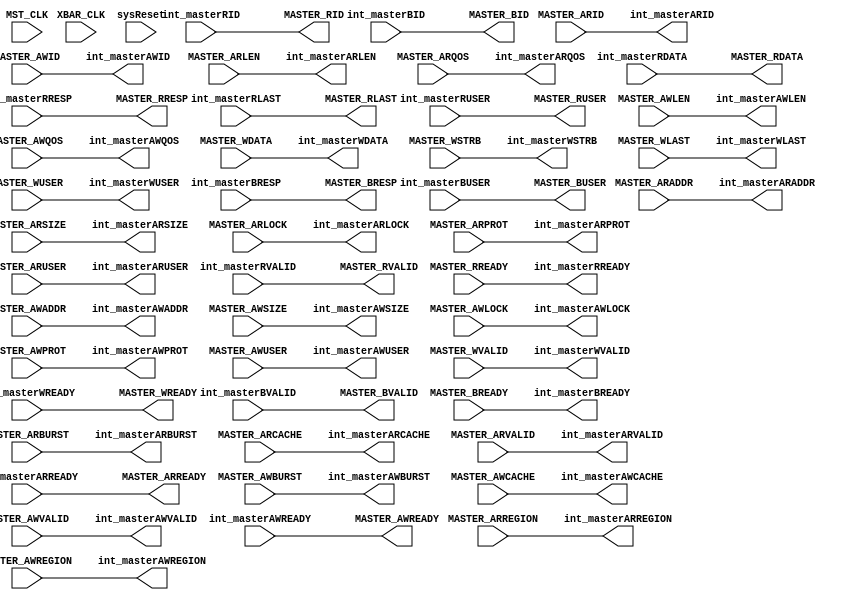
`timescale 1ns / 1ns

module MstrClockDomainCrossing #

	(
		parameter integer ADDR_WIDTH      		= 20,
		parameter integer ID_WIDTH 			= 16, 
		parameter integer MASTER_DATA_WIDTH		= 32,
		parameter integer USER_WIDTH 			= 1,
		parameter CLOCK_DOMAIN_CROSSING = 1'b0	
	)
	(

	//=====================================  Global Signals   ========================================================================
	input  wire           			MST_CLK,
	input  wire                             XBAR_CLK,
	input  wire          			sysReset,
 
	//=====================================  Connections to/from Crossbar   ==========================================================
 
	output wire [ID_WIDTH-1:0] 		int_masterARID,
	output wire [ADDR_WIDTH-1:0]	int_masterARADDR,
	output wire [7:0]        		int_masterARLEN,
	output wire [2:0]          		int_masterARSIZE,
	output wire [1:0]          		int_masterARBURST,
	output wire [1:0]          		int_masterARLOCK,
	output wire [3:0]           	int_masterARCACHE,
	output wire [2:0]         		int_masterARPROT,
	output wire [3:0]          		int_masterARREGION,
	output wire [3:0]          		int_masterARQOS,
	output wire [USER_WIDTH-1:0]	int_masterARUSER,
	output wire            			int_masterARVALID,
	input wire             			int_masterARREADY,

	// Master Read Data Ports	
	input wire [ID_WIDTH-1:0]   	int_masterRID,
	input wire [MASTER_DATA_WIDTH-1:0]		int_masterRDATA,
	input wire [1:0]           		int_masterRRESP,
	input wire                		int_masterRLAST,
	input wire [USER_WIDTH-1:0] 	int_masterRUSER,
	input wire                 		int_masterRVALID,
	output wire               		int_masterRREADY,

	// Master Write Address Ports	
	output wire [ID_WIDTH-1:0]  	int_masterAWID,
	output wire [ADDR_WIDTH-1:0] 	int_masterAWADDR,
	output wire [7:0]           	int_masterAWLEN,
	output wire [2:0]           	int_masterAWSIZE,
	output wire [1:0]           	int_masterAWBURST,
	output wire [1:0]           	int_masterAWLOCK,
	output wire [3:0]          		int_masterAWCACHE,
	output wire [2:0]           	int_masterAWPROT,
	output wire [3:0]            	int_masterAWREGION,
	output wire [3:0]           	int_masterAWQOS,
	output wire [USER_WIDTH-1:0]   	int_masterAWUSER,
	output wire                 	int_masterAWVALID,
	input wire                		int_masterAWREADY,
	
	// Master Write Data Ports	
	output wire [MASTER_DATA_WIDTH-1:0]  		int_masterWDATA,
	output wire [(MASTER_DATA_WIDTH/8)-1:0]	int_masterWSTRB,
	output wire                  		int_masterWLAST,
	output wire [USER_WIDTH-1:0] 		int_masterWUSER,
	output wire                  		int_masterWVALID,
	input wire                   		int_masterWREADY,
			
	// Master Write Response Ports	
	input  wire [ID_WIDTH-1:0]		int_masterBID,
	input  wire [1:0]           	int_masterBRESP,
	input  wire [USER_WIDTH-1:0] 	int_masterBUSER,
	input  wire      				int_masterBVALID,
	output wire						int_masterBREADY,

	//================================================= External Side Ports  ================================================//

	// Master Read Address Ports	
	input  wire [ID_WIDTH-1:0]  	MASTER_ARID,
	input  wire [ADDR_WIDTH-1:0]	MASTER_ARADDR,
	input  wire [7:0]           	MASTER_ARLEN,
	input  wire [2:0]        		MASTER_ARSIZE,
	input  wire [1:0]           	MASTER_ARBURST,
	input  wire [1:0]         		MASTER_ARLOCK,
	input  wire [3:0]          		MASTER_ARCACHE,
	input  wire [2:0]         		MASTER_ARPROT,
	input  wire [3:0]          		MASTER_ARREGION,
	input  wire [3:0]          		MASTER_ARQOS,
	input  wire [USER_WIDTH-1:0]	MASTER_ARUSER,
	input  wire                		MASTER_ARVALID,
	output wire                		MASTER_ARREADY,
	
	// Master Read Data Ports	
	output wire [ID_WIDTH-1:0]  	MASTER_RID,
	output wire [MASTER_DATA_WIDTH-1:0]  	MASTER_RDATA,
	output wire [1:0]           	MASTER_RRESP,
	output wire                  	MASTER_RLAST,
	output wire [USER_WIDTH-1:0] 	MASTER_RUSER,
	output wire               		MASTER_RVALID,
	input wire                 		MASTER_RREADY,
	
	// Master Write Address Ports	
	input  wire [ID_WIDTH-1:0]   	MASTER_AWID,
	input  wire [ADDR_WIDTH-1:0] 	MASTER_AWADDR,
	input  wire [7:0]           	MASTER_AWLEN,
	input  wire [2:0]           	MASTER_AWSIZE,
	input  wire [1:0]           	MASTER_AWBURST,
	input  wire [1:0]            	MASTER_AWLOCK,
	input  wire [3:0]          		MASTER_AWCACHE,
	input  wire [2:0]           	MASTER_AWPROT,
	input  wire [3:0]           	MASTER_AWREGION,
	input  wire [3:0]           	MASTER_AWQOS,
	input  wire [USER_WIDTH-1:0] 	MASTER_AWUSER,
	input  wire                  	MASTER_AWVALID,
	output wire                		MASTER_AWREADY,
	
	// Master Write Data Ports	
	input wire [MASTER_DATA_WIDTH-1:0]   	MASTER_WDATA,
	input wire [(MASTER_DATA_WIDTH/8)-1:0]	MASTER_WSTRB,
	input wire                   	MASTER_WLAST,
	input wire [USER_WIDTH-1:0] 	MASTER_WUSER,
	input wire                  	MASTER_WVALID,
	output wire                  	MASTER_WREADY,
	
	// Master Write Response Ports	
	output wire [ID_WIDTH-1:0]		MASTER_BID,
	output wire [1:0]           	MASTER_BRESP,
	output wire [USER_WIDTH-1:0]  	MASTER_BUSER,
	output wire      				MASTER_BVALID,
	input wire						MASTER_BREADY
	) ;

        localparam integer ADDR_CHAN_WIDTH = ID_WIDTH + ADDR_WIDTH + 8 + 3 + 2 + 2 + 4 + 3 + 4 + 4 + USER_WIDTH;
	localparam integer WCHAN_WIDTH = MASTER_DATA_WIDTH + MASTER_DATA_WIDTH/8 + 1 + USER_WIDTH;
	localparam integer BCHAN_WIDTH = ID_WIDTH + 2 + USER_WIDTH;
	localparam integer RCHAN_WIDTH = ID_WIDTH + MASTER_DATA_WIDTH + 2 + 1 + USER_WIDTH;

	localparam integer MEM_DEPTH = 4;

         generate
         if (CLOCK_DOMAIN_CROSSING) begin
             CDC_FIFO #
	       (
                 .MEM_DEPTH (MEM_DEPTH),
                 .DATA_WIDTH  ( ADDR_CHAN_WIDTH )
               )
	       cdc_AWChan
               (
    	         .rst (sysReset),
                 .clk_wr (MST_CLK),
                 .clk_rd (XBAR_CLK),

                 .infoInValid (MASTER_AWVALID),
                 .readyForOut (int_masterAWREADY),

                 .infoIn ({MASTER_AWID, MASTER_AWADDR, MASTER_AWLEN, MASTER_AWSIZE, MASTER_AWBURST, MASTER_AWLOCK, MASTER_AWCACHE,  MASTER_AWPROT, MASTER_ARQOS, MASTER_AWREGION, MASTER_AWUSER}),

                 .infoOut ({int_masterAWID, int_masterAWADDR, int_masterAWLEN, int_masterAWSIZE, int_masterAWBURST, int_masterAWLOCK, int_masterAWCACHE,  int_masterAWPROT, int_masterAWQOS, int_masterAWREGION, int_masterAWUSER}),
                 .readyForInfo (MASTER_AWREADY),
                 .infoOutValid (int_masterAWVALID)
		);

	       CDC_FIFO #
	       (
                 .MEM_DEPTH (MEM_DEPTH),
                 .DATA_WIDTH  ( WCHAN_WIDTH )
               )
	       cdc_WChan
               (
    	         .rst (sysReset),
                 .clk_wr (MST_CLK),
                 .clk_rd (XBAR_CLK),

                 .infoInValid (MASTER_WVALID),
                 .readyForOut (int_masterWREADY),

                 .infoIn ({MASTER_WDATA, MASTER_WSTRB, MASTER_WLAST, MASTER_WUSER}),

                 .infoOut ({int_masterWDATA, int_masterWSTRB, int_masterWLAST, int_masterWUSER}),
                 .readyForInfo (MASTER_WREADY),
                 .infoOutValid (int_masterWVALID)
		);

            CDC_FIFO #
	       (
                 .MEM_DEPTH (MEM_DEPTH),
                 .DATA_WIDTH  ( ADDR_CHAN_WIDTH )
               )
	       cdc_ARChan
               (
    	         .rst (sysReset),
                 .clk_wr (MST_CLK),
                 .clk_rd (XBAR_CLK),

                 .infoInValid (MASTER_ARVALID),
                 .readyForOut (int_masterARREADY),

                 .infoIn ({MASTER_ARID, MASTER_ARADDR, MASTER_ARLEN, MASTER_ARSIZE, MASTER_ARBURST, MASTER_ARLOCK, MASTER_ARCACHE,  MASTER_ARPROT, MASTER_ARQOS, MASTER_ARREGION, MASTER_ARUSER}),

                 .infoOut ({int_masterARID, int_masterARADDR, int_masterARLEN, int_masterARSIZE, int_masterARBURST, int_masterARLOCK, int_masterARCACHE,  int_masterARPROT, int_masterARQOS, int_masterARREGION, int_masterARUSER}),
                 .readyForInfo (MASTER_ARREADY),
                 .infoOutValid (int_masterARVALID)
		);

	       CDC_FIFO #
	       (
                 .MEM_DEPTH (MEM_DEPTH),
                 .DATA_WIDTH  ( RCHAN_WIDTH )
               )
	       cdc_RChan
               (
    	         .rst (sysReset),
                 .clk_rd (MST_CLK),
                 .clk_wr (XBAR_CLK),

                 .infoInValid (int_masterRVALID),
                 .readyForOut (MASTER_RREADY),

                 .infoOut ({MASTER_RID, MASTER_RDATA, MASTER_RRESP, MASTER_RLAST, MASTER_RUSER}),

                 .infoIn ({int_masterRID, int_masterRDATA, int_masterRRESP, int_masterRLAST, int_masterRUSER}),
                 .readyForInfo (int_masterRREADY),
                 .infoOutValid (MASTER_RVALID)
		);

	       CDC_FIFO #
	       (
                 .MEM_DEPTH (MEM_DEPTH),
                 .DATA_WIDTH  ( BCHAN_WIDTH )
               )
	       cdc_BChan
               (
    	         .rst (sysReset),
                 .clk_rd (MST_CLK),
                 .clk_wr (XBAR_CLK),

                 .infoInValid (int_masterBVALID),
                 .readyForOut (MASTER_BREADY),

                 .infoOut ({MASTER_BID, MASTER_BRESP, MASTER_BUSER}),

                 .infoIn ({int_masterBID, int_masterBRESP, int_masterBUSER}),
                 .readyForInfo (int_masterBREADY),
                 .infoOutValid (MASTER_BVALID)
		);
	end
	else begin

		//====================================== ASSIGNEMENTS =================================================
		//from Master to crossbar & Slave
		assign int_masterAWID =	MASTER_AWID;
		assign int_masterAWADDR = MASTER_AWADDR;
		assign int_masterAWLEN = MASTER_AWLEN;
		assign int_masterAWSIZE = MASTER_AWSIZE;
		assign int_masterAWBURST = MASTER_AWBURST;	
		assign int_masterAWLOCK = MASTER_AWLOCK;
		assign int_masterAWCACHE = MASTER_AWCACHE;	
		assign int_masterAWPROT = MASTER_AWPROT;
		assign int_masterAWREGION = MASTER_AWREGION;
		assign int_masterAWQOS = MASTER_AWQOS;
		assign int_masterAWUSER = MASTER_AWUSER;
		assign int_masterAWVALID = MASTER_AWVALID;	
		assign int_masterWDATA = MASTER_WDATA;
		assign int_masterWSTRB = MASTER_WSTRB;
		assign int_masterWLAST = MASTER_WLAST;
		assign int_masterWUSER = MASTER_WUSER;
		assign int_masterWVALID = MASTER_WVALID;
		assign int_masterBREADY = MASTER_BREADY;
		assign int_masterARID = MASTER_ARID;
		assign int_masterARADDR = MASTER_ARADDR;
		assign int_masterARLEN = MASTER_ARLEN;
		assign int_masterARSIZE = MASTER_ARSIZE;
		assign int_masterARBURST = MASTER_ARBURST;	
		assign int_masterARLOCK = MASTER_ARLOCK;
		assign int_masterARCACHE = MASTER_ARCACHE;	
		assign int_masterARPROT = MASTER_ARPROT;
		assign int_masterARREGION = MASTER_ARREGION;
		assign int_masterARQOS = MASTER_ARQOS;
		assign int_masterARUSER = MASTER_ARUSER;
		assign int_masterARVALID = MASTER_ARVALID;	
		assign int_masterRREADY = MASTER_RREADY;
		//			
		//from crossbar to MASTER
		assign MASTER_AWREADY = int_masterAWREADY;	
		assign MASTER_WREADY = int_masterWREADY;
		assign MASTER_BID = int_masterBID;
		assign MASTER_BRESP =	int_masterBRESP;
		assign MASTER_BUSER =	int_masterBUSER;
		assign MASTER_BVALID = int_masterBVALID;	
		assign MASTER_ARREADY = int_masterARREADY;	
					
		assign MASTER_RID = int_masterRID;
		assign MASTER_RDATA =	int_masterRDATA;
		assign MASTER_RRESP =	int_masterRRESP;
		assign MASTER_RLAST =	int_masterRLAST;
		assign MASTER_RUSER =	int_masterRUSER;
		assign MASTER_RVALID = int_masterRVALID;
	end
	endgenerate
endmodule